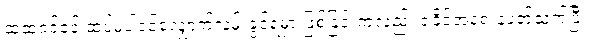
ထဲထဲဝင်ဝင် ထပ်မံပါဝင်လျှောက်လှမ်းခွင့်ရမှာ ဖြစ်ခြင်းကလည်း ရခိုင်အရေးနဲ့ပတ်သက်ပြီး